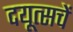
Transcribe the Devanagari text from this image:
दयूत्सचें